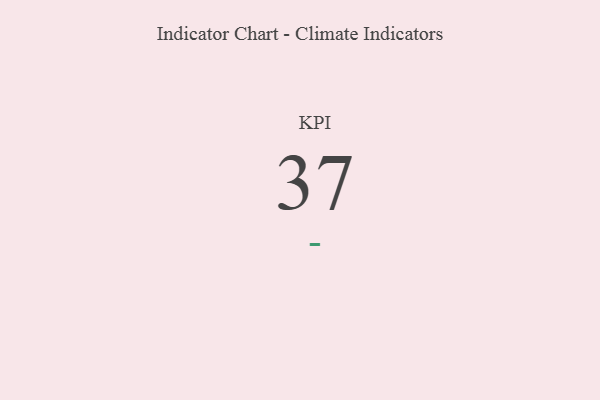
{"axis": {"x": "KPI", "y": "Value"}, "legend": [""], "data": [{"x": "KPI", "y": 37, "type": ""}]}